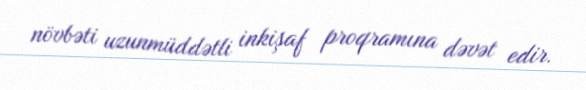
növbəti uzunmüddətli inkişaf proqramına dəvət edir.